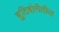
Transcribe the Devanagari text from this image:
बुटिबोरीतील